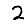
Digit: 2